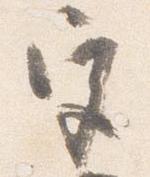
宮